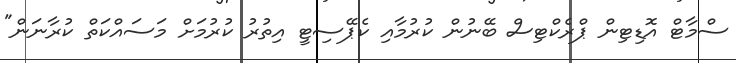
ސްމާޓް އޮޑިޓިން ޕްރެކްޓިސް ބޭނުން ކުރުމާއި ކެޕޭސިޓީ އިތުރު ކުރުމަށް މަސައްކަތް ކުރާނަން"